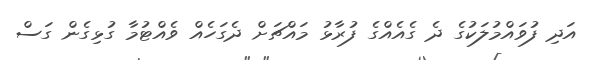
އަދި ފުވައްމުލަކުގެ ދެ ގެއެއްގެ ފުރާޅު މައްޗަށް ދެގަހެއް ވެއްޓުމާ ގުޅިގެން ގަސް